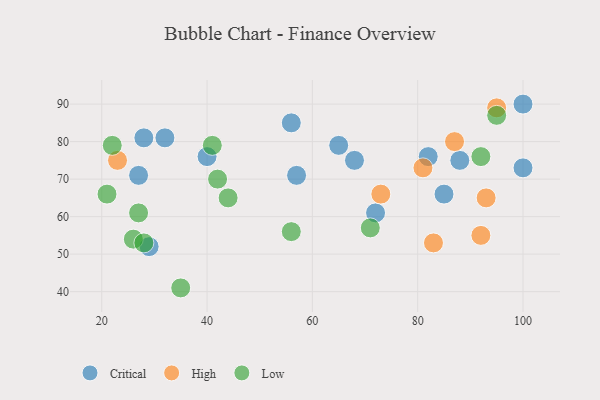
{"axis": {"x": "GDP", "y": "Life Expectancy"}, "legend": ["Critical", "High", "Low"], "data": [{"x": "88", "y": 75, "type": "Critical"}, {"x": "100", "y": 90, "type": "Critical"}, {"x": "68", "y": 75, "type": "Critical"}, {"x": "40", "y": 76, "type": "Critical"}, {"x": "56", "y": 85, "type": "Critical"}, {"x": "72", "y": 61, "type": "Critical"}, {"x": "28", "y": 81, "type": "Critical"}, {"x": "85", "y": 66, "type": "Critical"}, {"x": "82", "y": 76, "type": "Critical"}, {"x": "100", "y": 73, "type": "Critical"}, {"x": "29", "y": 52, "type": "Critical"}, {"x": "27", "y": 71, "type": "Critical"}, {"x": "57", "y": 71, "type": "Critical"}, {"x": "65", "y": 79, "type": "Critical"}, {"x": "32", "y": 81, "type": "Critical"}, {"x": "83", "y": 53, "type": "High"}, {"x": "81", "y": 73, "type": "High"}, {"x": "73", "y": 66, "type": "High"}, {"x": "23", "y": 75, "type": "High"}, {"x": "92", "y": 55, "type": "High"}, {"x": "95", "y": 89, "type": "High"}, {"x": "87", "y": 80, "type": "High"}, {"x": "93", "y": 65, "type": "High"}, {"x": "26", "y": 54, "type": "Low"}, {"x": "21", "y": 66, "type": "Low"}, {"x": "42", "y": 70, "type": "Low"}, {"x": "35", "y": 41, "type": "Low"}, {"x": "56", "y": 56, "type": "Low"}, {"x": "41", "y": 79, "type": "Low"}, {"x": "28", "y": 53, "type": "Low"}, {"x": "71", "y": 57, "type": "Low"}, {"x": "22", "y": 79, "type": "Low"}, {"x": "27", "y": 61, "type": "Low"}, {"x": "95", "y": 87, "type": "Low"}, {"x": "92", "y": 76, "type": "Low"}, {"x": "44", "y": 65, "type": "Low"}]}